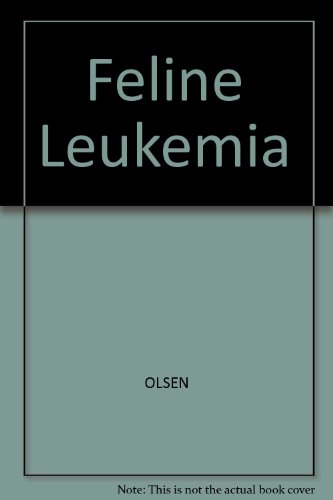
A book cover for Feline Leukemia; Richard G. Olsen; Medical Books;